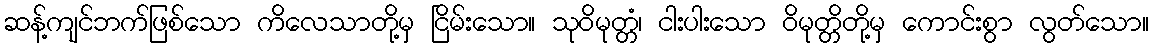
ဆန့်ကျင်ဘက်ဖြစ်သော ကိလေသာတို့မှ ငြိမ်းသော။ သုဝိမုတ္တံ၊ ငါးပါးသော ဝိမုတ္တိတို့မှ ကောင်းစွာ လွတ်သော။